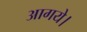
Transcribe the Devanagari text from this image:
आगये।